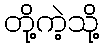
တို့ကဲ့သို့